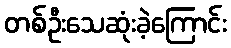
တစ်ဦးသေဆုံးခဲ့ကြောင်း